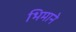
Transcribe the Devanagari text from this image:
भिमाने